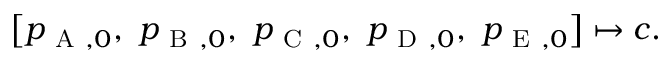
\left[ p _ { \mathrm { ~ A ~ } , 0 } , \ p _ { \mathrm { ~ B ~ } , 0 } , \ p _ { \mathrm { ~ C ~ } , 0 } , \ p _ { \mathrm { ~ D ~ } , 0 } , \ p _ { \mathrm { ~ E ~ } , 0 } \right] \mapsto c .